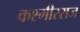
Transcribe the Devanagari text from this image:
कश्मीरराज